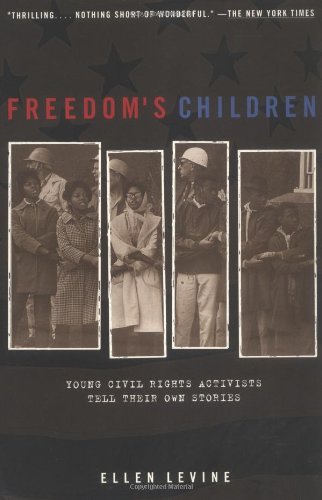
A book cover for Freedom's Children: Young Civil Rights Activists Tell Their Own Stories; Ellen S. Levine; Biographies & Memoirs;